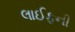
લાઈફની